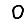
Digit: 0